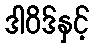
ဒါဝိဒ်နှင့်